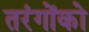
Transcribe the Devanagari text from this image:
तरंगोंको